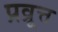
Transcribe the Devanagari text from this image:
प्रव्रूत्त